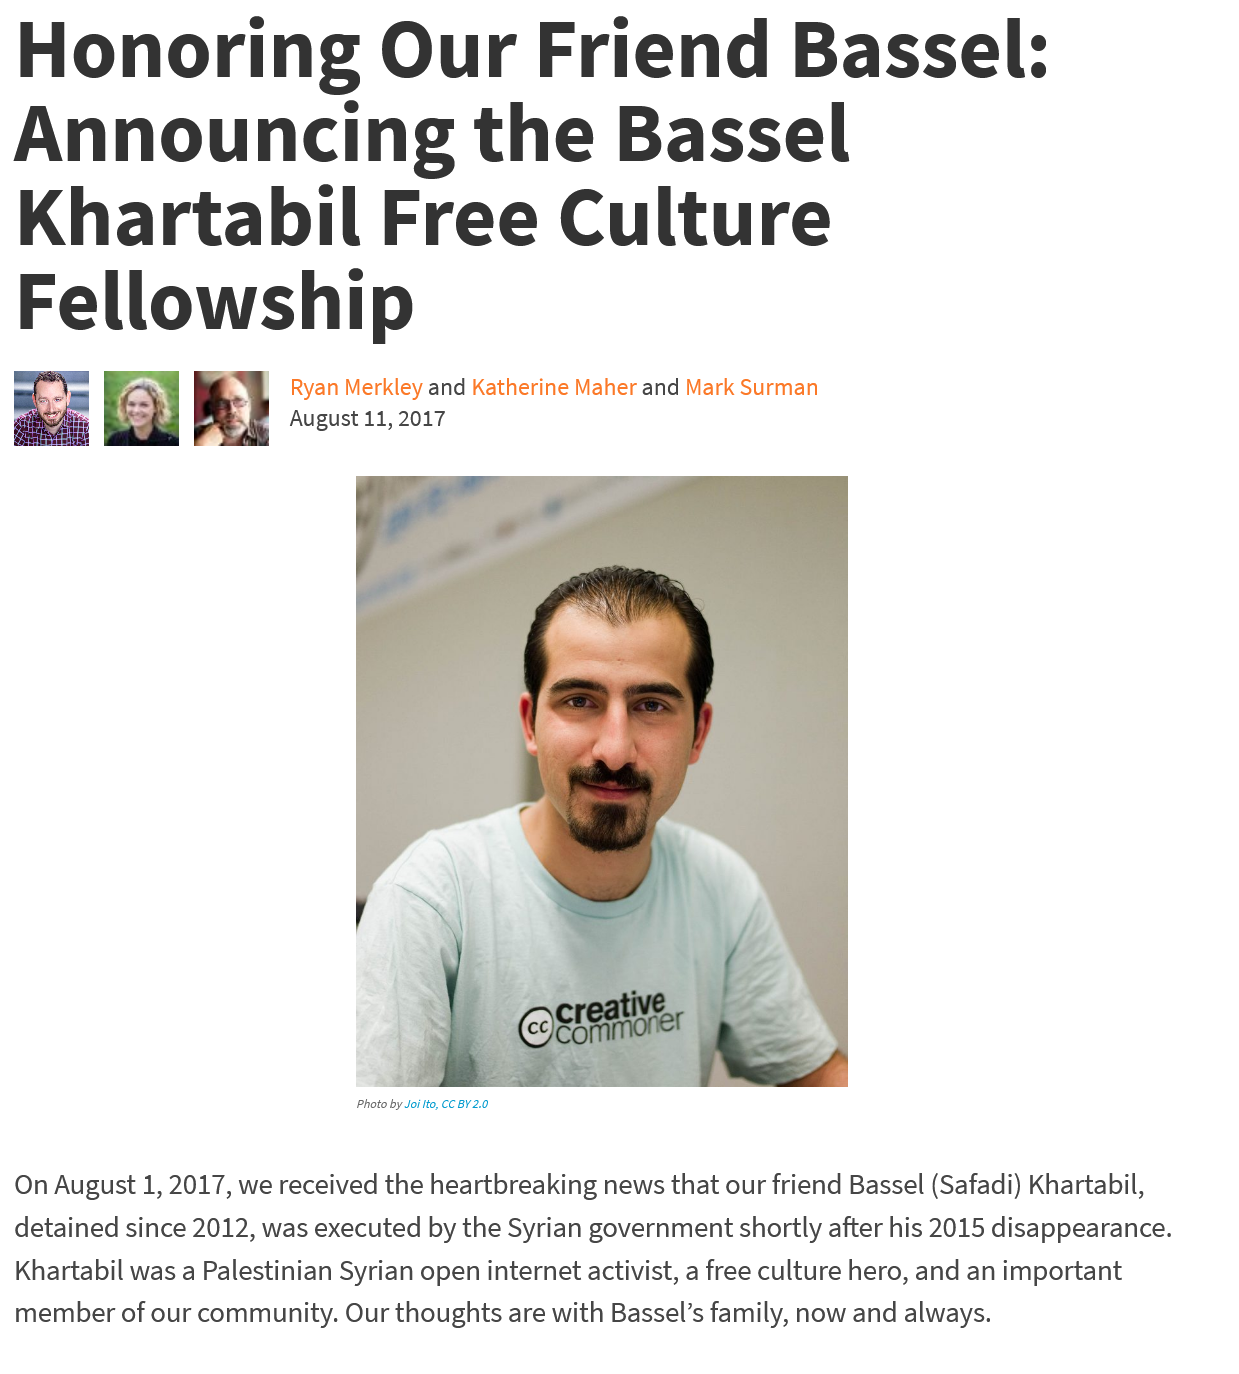
Honoring    Our    Friend    Bassel:
  Announcing    the    Bassel
  Khartabil    Free    Culture
  Fellowship
     Ryan Merkley and Katherine Maher and Mark Surman
     August 11, 2017
     Photo by Joi ito, CC BY 2.0
  On August 1, 2017, we received the heartbreaking news that our friend Bassel (Safadi) Khartabil,
  detained since 2012, was executed by the Syrian government shortly after his 2015 disappearance
  Khartabil was a Palestinian Syrian open internet activist, a free culture hero, and an important
  member of our community. Our thoughts are with Bassel’s family, now and always.